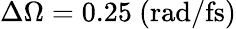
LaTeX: \Delta\Omega=0.25~\mathrm{(rad/fs)}